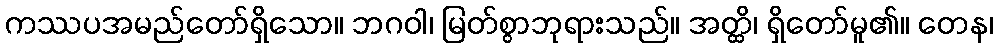
ကဿပအမည်တော်ရှိသော။ ဘဂဝါ၊ မြတ်စွာဘုရားသည်။ အတ္ထိ၊ ရှိတော်မူ၏။ တေန၊